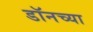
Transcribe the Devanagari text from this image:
डॉनच्या